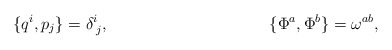
\begin{align*}\{ q^i, p_j \} = \delta^i_{\;j}, \hspace{1.6in} \{\Phi^a,\Phi^b\} = \omega^{ab},\end{align*}